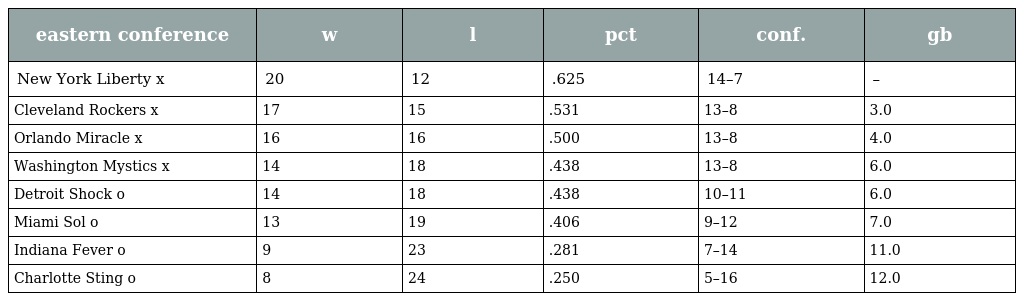
| eastern conference | w | l | pct | conf. | gb |
 | --- | --- | --- | --- | --- | --- |
 | New York Liberty x | 20 | 12 | .625 | 14–7 | – |
 | Cleveland Rockers x | 17 | 15 | .531 | 13–8 | 3.0 |
 | Orlando Miracle x | 16 | 16 | .500 | 13–8 | 4.0 |
 | Washington Mystics x | 14 | 18 | .438 | 13–8 | 6.0 |
 | Detroit Shock o | 14 | 18 | .438 | 10–11 | 6.0 |
 | Miami Sol o | 13 | 19 | .406 | 9–12 | 7.0 |
 | Indiana Fever o | 9 | 23 | .281 | 7–14 | 11.0 |
 | Charlotte Sting o | 8 | 24 | .250 | 5–16 | 12.0 |